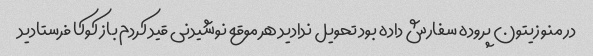
در منو زیتون پروده سفارش داده بود تحویل ندادید هر موقع نوشیدنی قید کردم باز کوکا فرستادید